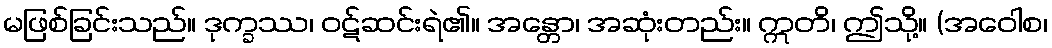
မဖြစ်ခြင်းသည်။ ဒုက္ခဿ၊ ဝဋ်ဆင်းရဲ၏။ အန္တော၊ အဆုံးတည်း။ ဣတိ၊ ဤသို့။ (အဝေါစ၊